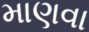
માણવા